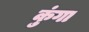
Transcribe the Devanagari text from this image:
कुंगा